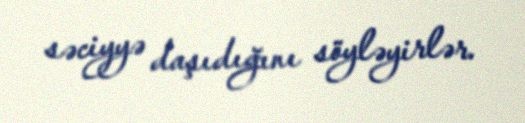
səciyyə daşıdığını söyləyirlər.